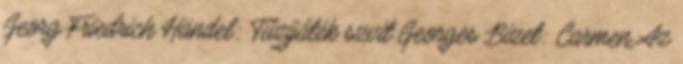
Georg Friedrich Händel: Tűzijáték szvit Georges Bizet: Carmen Az